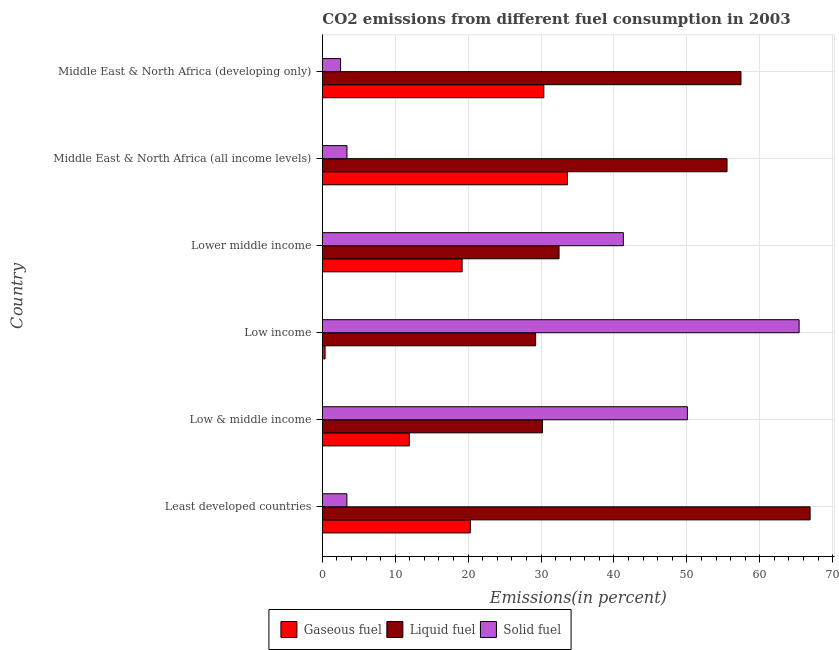
| Country | Gaseous fuel | Liquid fuel | Solid fuel |
 | --- | --- | --- | --- |
 | Least developed countries | 20.3 | 66.9 | 3.37 |
 | Low & middle income | 11.9 | 30.2 | 50.1 |
 | Low income | 0.376 | 29.3 | 65.4 |
 | Lower middle income | 19.2 | 32.5 | 41.3 |
 | Middle East & North Africa (all income levels) | 33.6 | 55.5 | 3.38 |
 | Middle East & North Africa (developing only) | 30.4 | 57.4 | 2.5 |